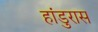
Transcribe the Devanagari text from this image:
हांडुरास